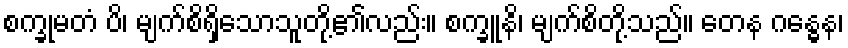
စက္ခုမတံ ပိ၊ မျက်စိရှိသောသူတို့၏လည်း။ စက္ခူနိ၊ မျက်စိတို့သည်။ တေန ဂန္ဓေန၊